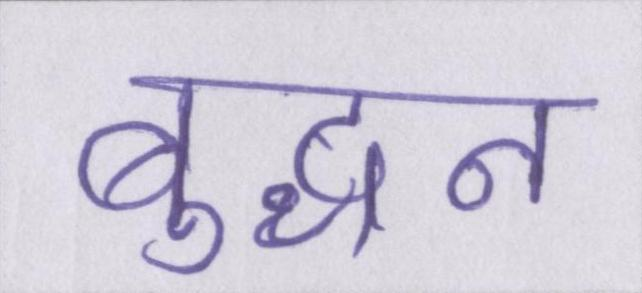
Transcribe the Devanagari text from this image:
बुद्धन